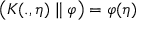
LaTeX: \left( K ( . , \eta ) \parallel \varphi \right) = \varphi ( \eta )